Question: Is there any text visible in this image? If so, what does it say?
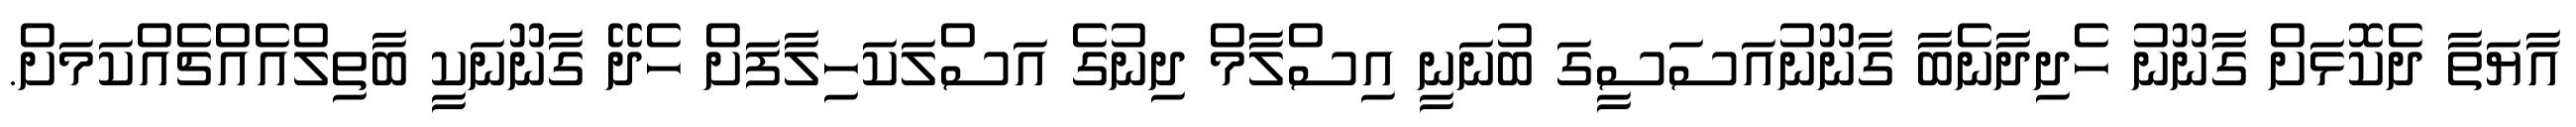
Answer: އާޔަތާ ދެކޮޅަށް ގާނޫނު ހެދިދާނެބާ ގާނޫނުއަސަސީގަ ބުނަނީ އިސްލާމް ދިނުގެ އަސްލަކަހިލާފަށް ހެދޭ ގާނޫނަކީ ބާތިލްއެއްޗެއްކަމަށް.